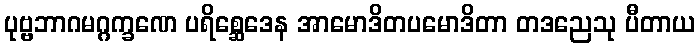
ပုဗ္ဗဘာဂမဂ္ဂက္ခဏေ ပရိစ္ဆေဒေန အာမောဒိတပမောဒိတာ တဒညေသု ပီတာယ